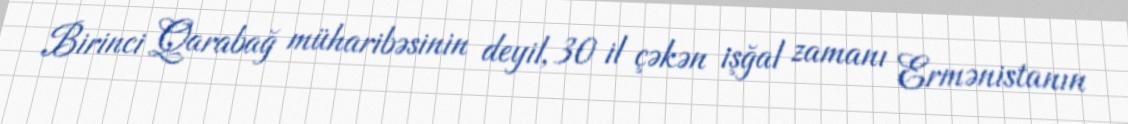
Birinci Qarabağ müharibəsinin deyil, 30 il çəkən işğal zamanı Ermənistanın